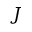
J